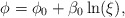
\begin{align*} \phi = \phi_{0} + \beta_{0}\ln(\xi),\end{align*}